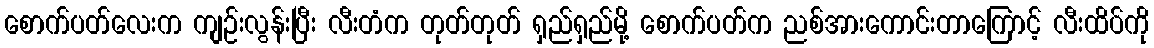
စောက်ပတ်လေးက ကျဉ်းလွန်းပြီး လီးတံက တုတ်တုတ် ရှည်ရှည်မို့ စောက်ပတ်က ညစ်အားကောင်းတာကြောင့် လီးထိပ်ကို